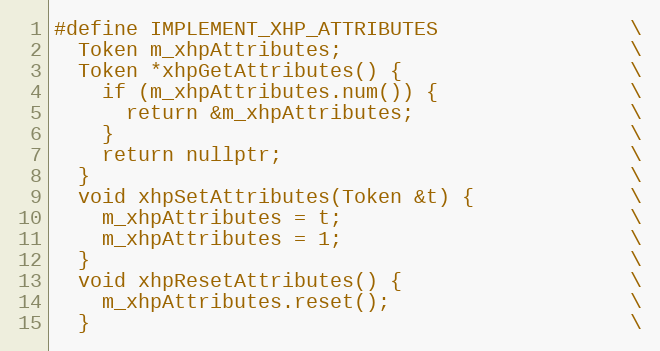
Language: C
#define IMPLEMENT_XHP_ATTRIBUTES                \
  Token m_xhpAttributes;                        \
  Token *xhpGetAttributes() {                   \
    if (m_xhpAttributes.num()) {                \
      return &m_xhpAttributes;                  \
    }                                           \
    return nullptr;                             \
  }                                             \
  void xhpSetAttributes(Token &t) {             \
    m_xhpAttributes = t;                        \
    m_xhpAttributes = 1;                        \
  }                                             \
  void xhpResetAttributes() {                   \
    m_xhpAttributes.reset();                    \
  }                                             \